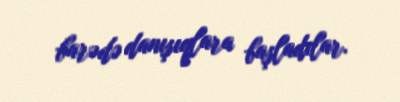
barədə danışıqlara başladılar.